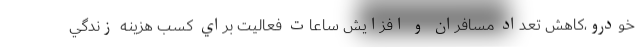
خودرو،كاهش تعداد مسافران و افزايش ساعات فعاليت براي كسب هزينه زندگي